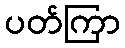
ပတ်ကြာ